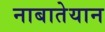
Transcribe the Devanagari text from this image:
नाबातेयान